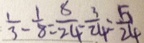
\frac { 1 } { 3 } - \frac { 1 } { 8 } = \frac { 8 } { 2 4 } - \frac { 3 } { 2 4 } = \frac { 5 } { 2 4 }